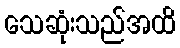
သေဆုံးသည်အထိ